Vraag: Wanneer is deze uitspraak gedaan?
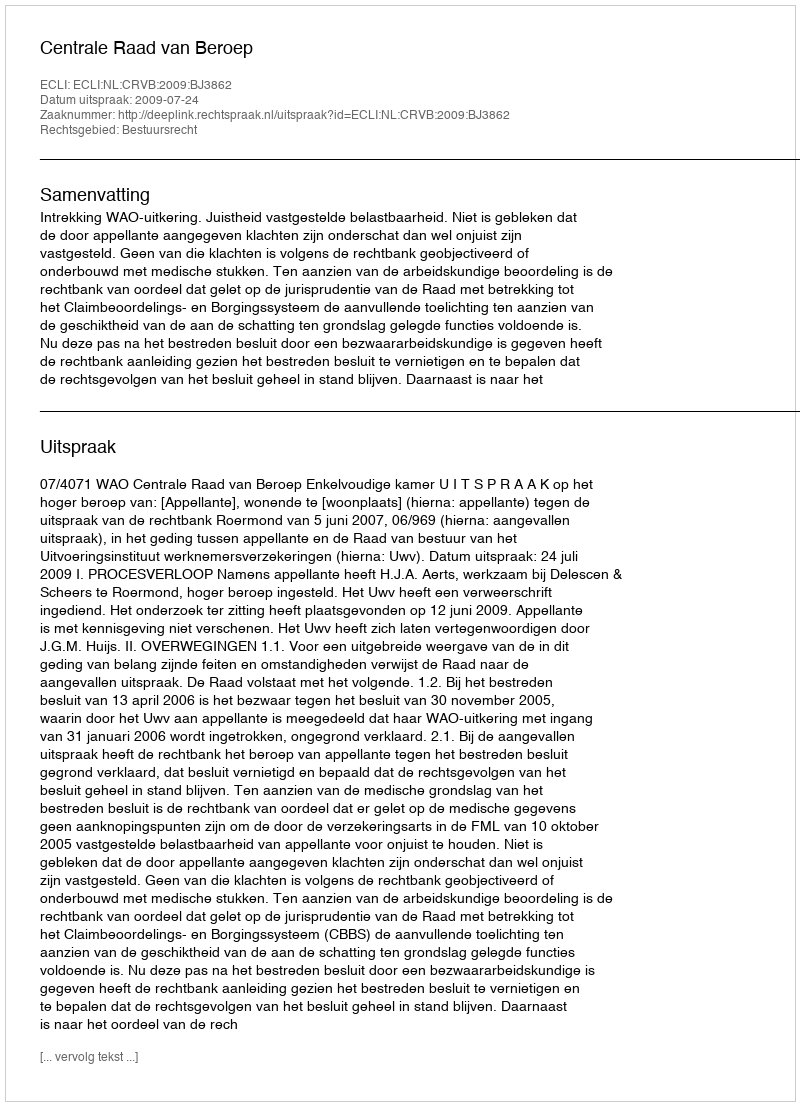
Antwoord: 2009-07-24